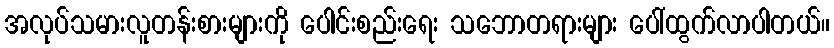
အလုပ်သမားလူတန်းစားများကို ပေါင်းစည်းရေး သဘောတရားများ ပေါ်ထွက်လာပါတယ်။